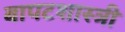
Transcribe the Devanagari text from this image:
बापटशास्त्री